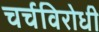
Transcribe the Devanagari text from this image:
चर्चविरोधी